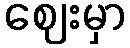
ဈေးမှာ